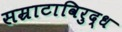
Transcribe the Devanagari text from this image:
सम्राटाविरुद्ध